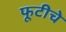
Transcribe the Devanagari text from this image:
फूटीचे